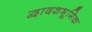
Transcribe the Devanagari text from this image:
द्वादशभूमिक